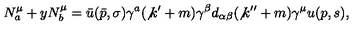
N _ { a } ^ { \mu } + y N _ { b } ^ { \mu } = \bar { u } ( \bar { p } , \sigma ) \gamma ^ { a } ( \not { k } ^ { \prime } + m ) \gamma ^ { \beta } d _ { \alpha \beta } ( \not { k } ^ { \prime \prime } + m ) \gamma ^ { \mu } u ( p , s ) ,